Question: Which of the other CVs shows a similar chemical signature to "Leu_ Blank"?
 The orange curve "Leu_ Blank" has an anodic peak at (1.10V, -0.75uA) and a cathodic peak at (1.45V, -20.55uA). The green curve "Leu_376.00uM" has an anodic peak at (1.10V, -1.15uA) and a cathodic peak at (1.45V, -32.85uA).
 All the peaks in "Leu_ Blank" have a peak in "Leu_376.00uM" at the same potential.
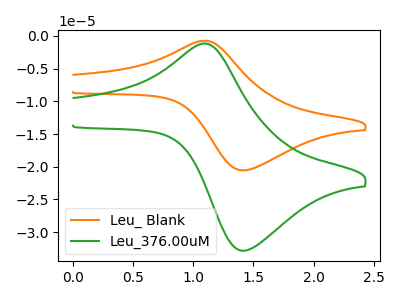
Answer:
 <answer>The CV with the most similar shape to "Leu_376.00uM" is "Leu_ Blank".</answer>
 <eval>"Leu_ Blank"</eval>